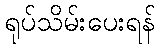
ရုပ်သိမ်းပေးရန်